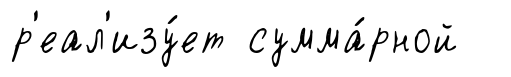
р'еал'изу́ет сумма́рной